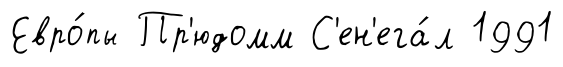
Евро́пы Пр'юдомм С'ен'ега́л 1991